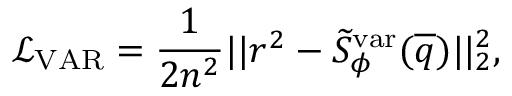
\mathcal { L } _ { \mathrm { V A R } } = \frac { 1 } { 2 n ^ { 2 } } | | r ^ { 2 } - \widetilde { S } _ { \phi } ^ { \mathrm { v a r } } ( \overline { { q } } ) | | _ { 2 } ^ { 2 } ,